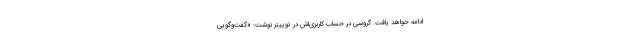
ادامه خواهد یافت. گروسی در حساب کاربری‌اش در توییتر نوشت: «گفت‌وگویی